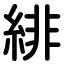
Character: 緋